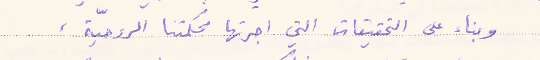
وبناء على التحقيقات التي اجرتها محكمتنا الروحيّة،